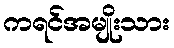
ကရင်အမျိုးသား